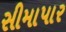
સીમાપાર